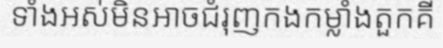
ទាំងអស់មិនអាចជំរុញកងកម្លាំងតួកគី